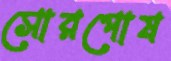
সোরপোষ